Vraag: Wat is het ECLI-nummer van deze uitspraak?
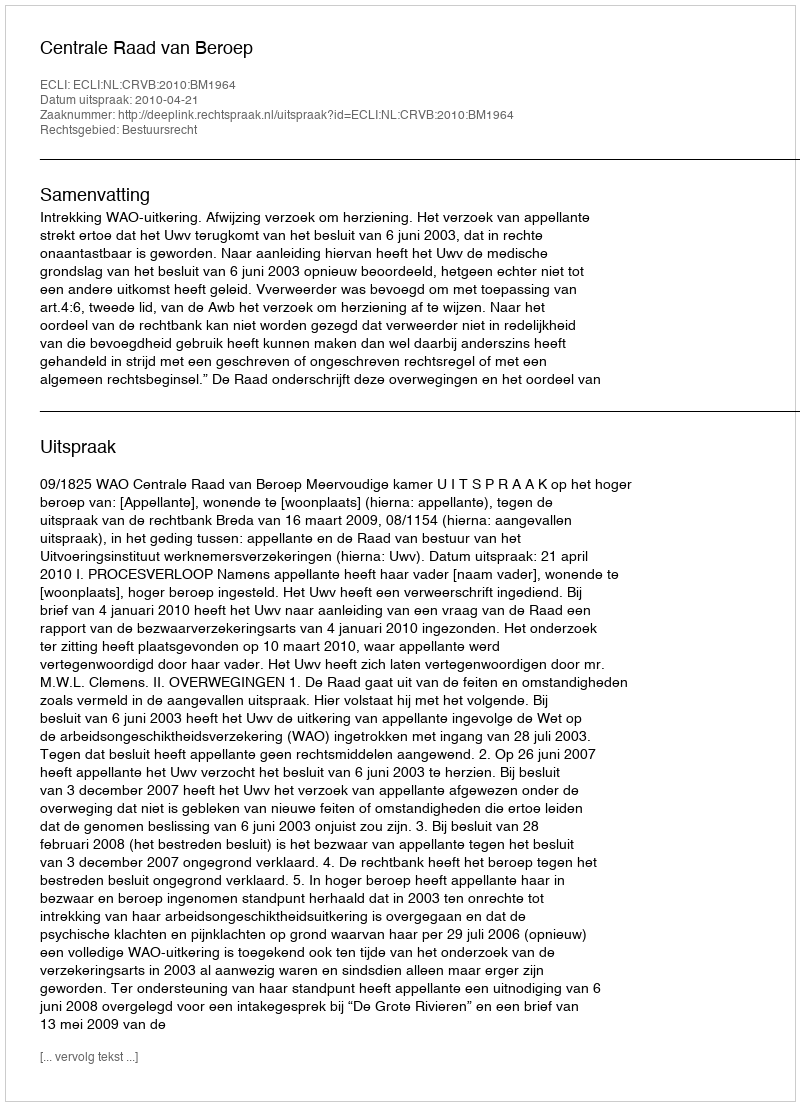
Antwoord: ECLI:NL:CRVB:2010:BM1964